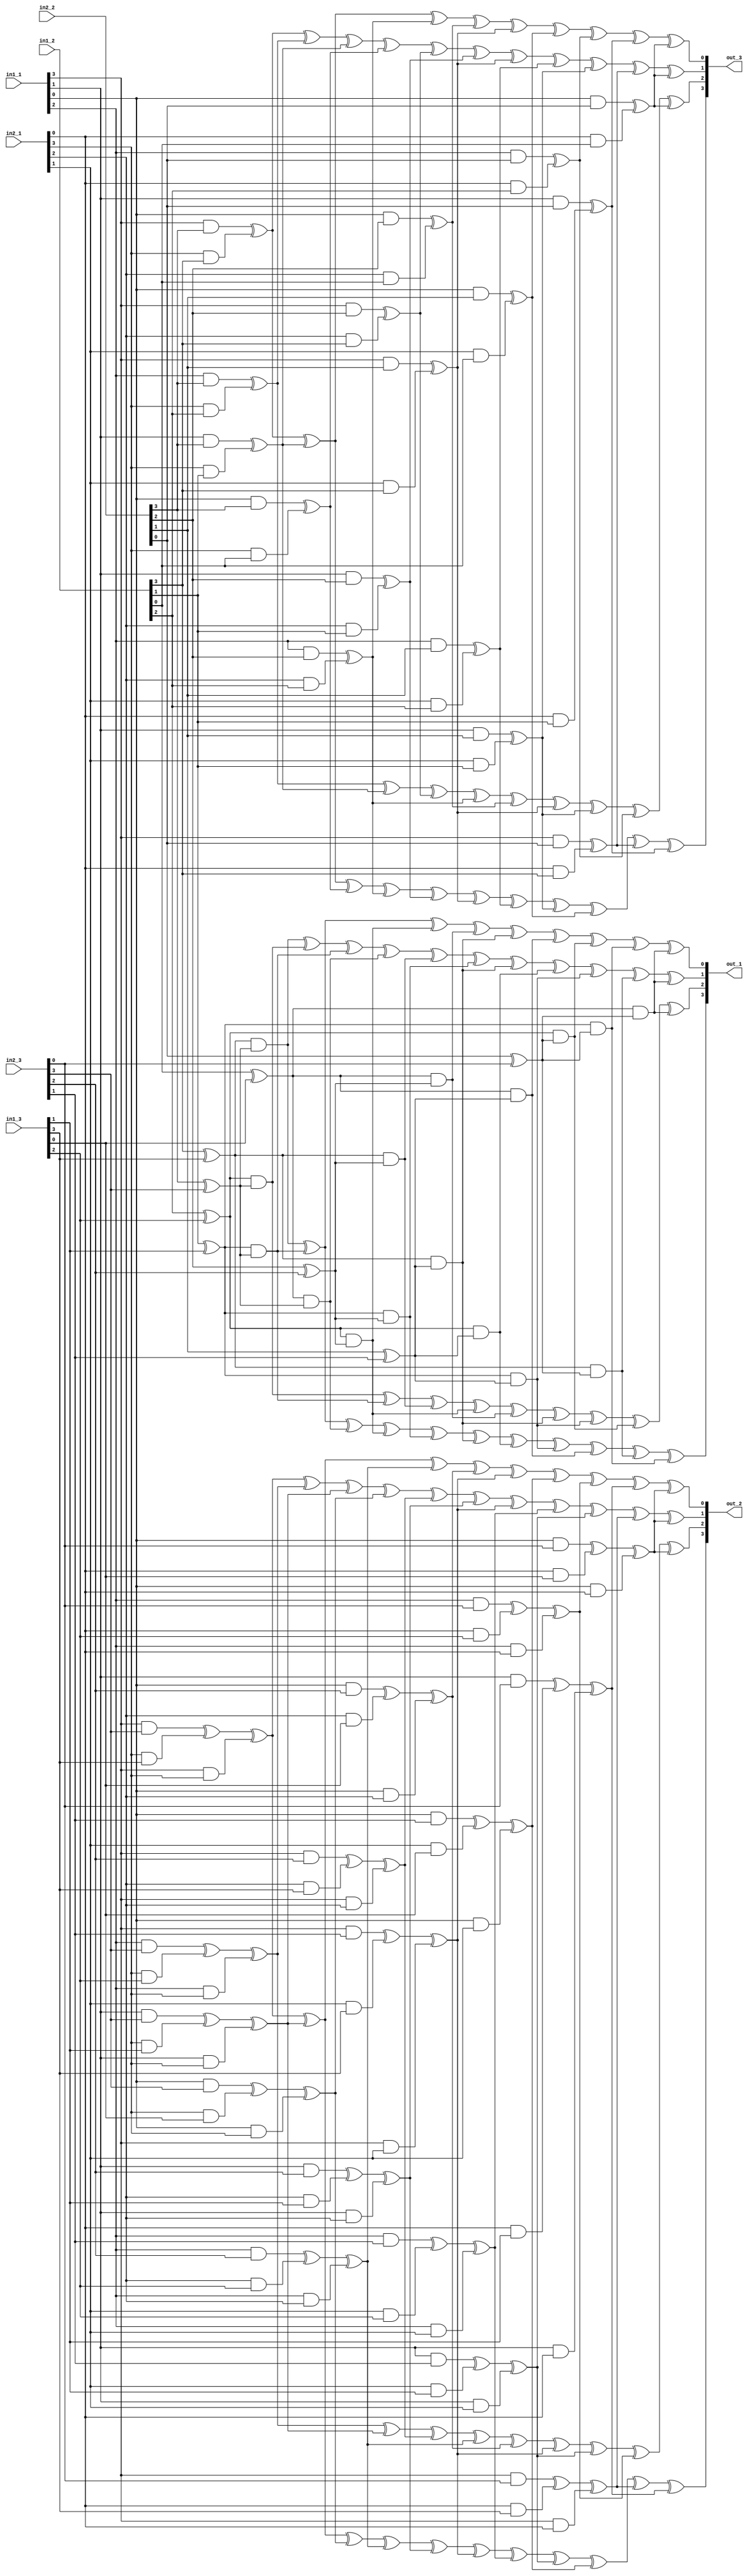
`timescale 1ns / 1ps
//////////////////////////////////////////////////////////////////////////////////
// Company: 
// Engineer: 
// 
// Design Name: 
// Module Name: GF_MULS_4_shared
// Project Name: 
// Target Devices: 
// Tool Versions: 
// Description: 
// 
// Dependencies: 
// 
// Revision:
// Revision 0.01 - File Created
// Additional Comments:
// ------------------
//////////////////////////////////////////////////////////////////////////////////

(*keep = "true" , keep_hierarchy = "yes" *)
module GF_MULS_4_shared(input[3:0] in1_1, input[3:0] in1_2, input[3:0] in1_3, input[3:0] in2_1, input[3:0] in2_2, input[3:0] in2_3, output[3:0] out_1, output[3:0] out_2, output[3:0] out_3);

assign out_1[3] = ((in1_2[3] ^ in1_3[3]) & (in2_2[3] ^ in2_3[3])) ^ ((in1_2[1] ^ in1_3[1]) & (in2_2[3] ^ in2_3[3])) ^ ((in1_2[0] ^ in1_3[0]) & (in2_2[3] ^ in2_3[3])) ^ ((in1_2[2] ^ in1_3[2]) & (in2_2[2] ^ in2_3[2])) ^ ((in1_2[1] ^ in1_3[1]) & (in2_2[2] ^ in2_3[2])) ^((in1_2[3] ^ in1_3[3]) & (in2_2[1] ^ in2_3[1])) ^ ((in1_2[2] ^ in1_3[2]) & (in2_2[1] ^ in2_3[1])) ^ ((in1_2[1] ^ in1_3[1]) & (in2_2[1] ^ in2_3[1])) ^ ((in1_2[0] ^ in1_3[0]) & (in2_2[1] ^ in2_3[1])) ^ ((in1_2[3] ^ in1_3[3]) & (in2_2[0] ^ in2_3[0])) ^ ((in1_2[1] ^ in1_3[1]) & (in2_2[0] ^ in2_3[0]));
assign out_2[3] = ((in1_1[3] & in2_3[3]) ^ (in2_1[3] & in1_3[3]) ^ (in1_1[3] & in2_1[3])) ^ ((in1_1[1] & in2_3[3]) ^ (in2_1[3] & in1_3[1]) ^ (in1_1[1] & in2_1[3])) ^ ((in1_1[0] & in2_3[3]) ^ (in2_1[3] & in1_3[0]) ^ (in1_1[0] & in2_1[3])) ^ ((in1_1[2] & in2_3[2]) ^ (in2_1[2] & in1_3[2]) ^ (in1_1[2] & in2_1[2])) ^ ((in1_1[1] & in2_3[2]) ^ (in2_1[2] & in1_3[1]) ^ (in1_1[1] & in2_1[2])) ^((in1_1[3] & in2_3[1]) ^ (in2_1[1] & in1_3[3]) ^ (in1_1[3] & in2_1[1])) ^ ((in1_1[2] & in2_3[1]) ^ (in2_1[1] & in1_3[2]) ^ (in1_1[2] & in2_1[1])) ^ ((in1_1[1] & in2_3[1]) ^ (in2_1[1] & in1_3[1]) ^ (in1_1[1] & in2_1[1])) ^ ((in1_1[0] & in2_3[1]) ^ (in2_1[1] & in1_3[0]) ^ (in1_1[0] & in2_1[1])) ^ ((in1_1[3] & in2_3[0]) ^ (in2_1[0] & in1_3[3]) ^ (in1_1[3] & in2_1[0])) ^ ((in1_1[1] & in2_3[0]) ^ (in2_1[0] & in1_3[1]) ^ (in1_1[1] & in2_1[0]));
assign out_3[3] = ((in1_1[3] & in2_2[3]) ^ (in2_1[3] & in1_2[3])) ^ ((in1_1[1] & in2_2[3]) ^ (in2_1[3] & in1_2[1])) ^ ((in1_1[0] & in2_2[3]) ^ (in2_1[3] & in1_2[0])) ^ ((in1_1[2] & in2_2[2]) ^ (in2_1[2] & in1_2[2])) ^ ((in1_1[1] & in2_2[2]) ^ (in2_1[2] & in1_2[1])) ^((in1_1[3] & in2_2[1]) ^ (in2_1[1] & in1_2[3])) ^ ((in1_1[2] & in2_2[1]) ^ (in2_1[1] & in1_2[2])) ^ ((in1_1[1] & in2_2[1]) ^ (in2_1[1] & in1_2[1])) ^ ((in1_1[0] & in2_2[1]) ^ (in2_1[1] & in1_2[0])) ^ ((in1_1[3] & in2_2[0]) ^ (in2_1[0] & in1_2[3])) ^ ((in1_1[1] & in2_2[0]) ^ (in2_1[0] & in1_2[1]));



assign out_1[2] = ((in1_2[2] ^ in1_3[2]) & (in2_2[3] ^ in2_3[3])) ^ ((in1_2[1] ^ in1_3[1]) & (in2_2[3] ^ in2_3[3])) ^ ((in1_2[3] ^ in1_3[3]) & (in2_2[2] ^ in2_3[2])) ^ ((in1_2[2] ^ in1_3[2]) & (in2_2[2] ^ in2_3[2])) ^ ((in1_2[0] ^ in1_3[0]) & (in2_2[2] ^ in2_3[2])) ^((in1_2[3] ^ in1_3[3]) & (in2_2[1] ^ in2_3[1])) ^ ((in1_2[1] ^ in1_3[1]) & (in2_2[1] ^ in2_3[1])) ^ ((in1_2[2] ^ in1_3[2]) & (in2_2[0] ^ in2_3[0])) ^ ((in1_2[0] ^ in1_3[0]) & (in2_2[0] ^ in2_3[0]));
assign out_2[2] = ((in1_1[2] & in2_3[3]) ^ (in2_1[3] & in1_3[2]) ^ (in1_1[2] & in2_1[3])) ^ ((in1_1[1] & in2_3[3]) ^ (in2_1[3] & in1_3[1]) ^ (in1_1[1] & in2_1[3])) ^ ((in1_1[3] & in2_3[2]) ^ (in2_1[2] & in1_3[3]) ^ (in1_1[3] & in2_1[2])) ^ ((in1_1[2] & in2_3[2]) ^ (in2_1[2] & in1_3[2]) ^ (in1_1[2] & in2_1[2])) ^ ((in1_1[0] & in2_3[2]) ^ (in2_1[2] & in1_3[0]) ^ (in1_1[0] & in2_1[2])) ^((in1_1[3] & in2_3[1]) ^ (in2_1[1] & in1_3[3]) ^ (in1_1[3] & in2_1[1])) ^ ((in1_1[1] & in2_3[1]) ^ (in2_1[1] & in1_3[1]) ^ (in1_1[1] & in2_1[1])) ^ ((in1_1[2] & in2_3[0]) ^ (in2_1[0] & in1_3[2]) ^ (in1_1[2] & in2_1[0])) ^ ((in1_1[0] & in2_3[0]) ^ (in2_1[0] & in1_3[0]) ^ (in1_1[0] & in2_1[0]));
assign out_3[2] = ((in1_1[2] & in2_2[3]) ^ (in2_1[3] & in1_2[2])) ^ ((in1_1[1] & in2_2[3]) ^ (in2_1[3] & in1_2[1])) ^ ((in1_1[3] & in2_2[2]) ^ (in2_1[2] & in1_2[3])) ^ ((in1_1[2] & in2_2[2]) ^ (in2_1[2] & in1_2[2])) ^ ((in1_1[0] & in2_2[2]) ^ (in2_1[2] & in1_2[0])) ^ ((in1_1[3] & in2_2[1]) ^ (in2_1[1] & in1_2[3])) ^ ((in1_1[1] & in2_2[1]) ^ (in2_1[1] & in1_2[1])) ^ ((in1_1[2] & in2_2[0]) ^ (in2_1[0] & in1_2[2])) ^ ((in1_1[0] & in2_2[0]) ^ (in2_1[0] & in1_2[0]));



assign out_1[1] = ((in1_2[3] ^ in1_3[3]) & (in2_2[3] ^ in2_3[3])) ^ ((in1_2[2] ^ in1_3[2]) & (in2_2[3] ^ in2_3[3])) ^ ((in1_2[1] ^ in1_3[1]) & (in2_2[3] ^ in2_3[3])) ^ ((in1_2[0] ^ in1_3[0]) & (in2_2[3] ^ in2_3[3])) ^ ((in1_2[3] ^ in1_3[3]) & (in2_2[2] ^ in2_3[2])) ^((in1_2[1] ^ in1_3[1]) & (in2_2[2] ^ in2_3[2])) ^ ((in1_2[3] ^ in1_3[3]) & (in2_2[1] ^ in2_3[1])) ^ ((in1_2[2] ^ in1_3[2]) & (in2_2[1] ^ in2_3[1])) ^ ((in1_2[1] ^ in1_3[1]) & (in2_2[1] ^ in2_3[1])) ^ ((in1_2[3] ^ in1_3[3]) & (in2_2[0] ^ in2_3[0])) ^ ((in1_2[0] ^ in1_3[0]) & (in2_2[0] ^ in2_3[0]));
assign out_2[1] = ((in1_1[3] & in2_3[3]) ^ (in2_1[3] & in1_3[3]) ^ (in1_1[3] & in2_1[3])) ^ ((in1_1[2] & in2_3[3]) ^ (in2_1[3] & in1_3[2]) ^ (in1_1[2] & in2_1[3])) ^ ((in1_1[1] & in2_3[3]) ^ (in2_1[3] & in1_3[1]) ^ (in1_1[1] & in2_1[3])) ^ ((in1_1[0] & in2_3[3]) ^ (in2_1[3] & in1_3[0]) ^ (in1_1[0] & in2_1[3])) ^ ((in1_1[3] & in2_3[2]) ^ (in2_1[2] & in1_3[3]) ^ (in1_1[3] & in2_1[2])) ^ ((in1_1[1] & in2_3[2]) ^ (in2_1[2] & in1_3[1]) ^ (in1_1[1] & in2_1[2])) ^ ((in1_1[3] & in2_3[1]) ^ (in2_1[1] & in1_3[3]) ^ (in1_1[3] & in2_1[1])) ^ ((in1_1[2] & in2_3[1]) ^ (in2_1[1] & in1_3[2]) ^ (in1_1[2] & in2_1[1])) ^ ((in1_1[1] & in2_3[1]) ^ (in2_1[1] & in1_3[1]) ^ (in1_1[1] & in2_1[1])) ^ ((in1_1[3] & in2_3[0]) ^ (in2_1[0] & in1_3[3]) ^ (in1_1[3] & in2_1[0])) ^ ((in1_1[0] & in2_3[0]) ^ (in2_1[0] & in1_3[0]) ^ (in1_1[0] & in2_1[0]));
assign out_3[1] = ((in1_1[3] & in2_2[3]) ^ (in2_1[3] & in1_2[3])) ^ ((in1_1[2] & in2_2[3]) ^ (in2_1[3] & in1_2[2])) ^ ((in1_1[1] & in2_2[3]) ^ (in2_1[3] & in1_2[1])) ^ ((in1_1[0] & in2_2[3]) ^ (in2_1[3] & in1_2[0])) ^ ((in1_1[3] & in2_2[2]) ^ (in2_1[2] & in1_2[3])) ^((in1_1[1] & in2_2[2]) ^ (in2_1[2] & in1_2[1])) ^ ((in1_1[3] & in2_2[1]) ^ (in2_1[1] & in1_2[3])) ^ ((in1_1[2] & in2_2[1]) ^ (in2_1[1] & in1_2[2])) ^ ((in1_1[1] & in2_2[1]) ^ (in2_1[1] & in1_2[1])) ^ ((in1_1[3] & in2_2[0]) ^ (in2_1[0] & in1_2[3])) ^ ((in1_1[0] & in2_2[0]) ^ (in2_1[0] & in1_2[0]));



assign out_1[0] = ((in1_2[3] ^ in1_3[3]) & (in2_2[3] ^ in2_3[3])) ^ ((in1_2[1] ^ in1_3[1]) & (in2_2[3] ^ in2_3[3])) ^ ((in1_2[2] ^ in1_3[2]) & (in2_2[2] ^ in2_3[2])) ^ ((in1_2[0] ^ in1_3[0]) & (in2_2[2] ^ in2_3[2])) ^ ((in1_2[3] ^ in1_3[3]) & (in2_2[1] ^ in2_3[1])) ^((in1_2[0] ^ in1_3[0]) & (in2_2[1] ^ in2_3[1])) ^ ((in1_2[2] ^ in1_3[2]) & (in2_2[0] ^ in2_3[0])) ^ ((in1_2[1] ^ in1_3[1]) & (in2_2[0] ^ in2_3[0])) ^ ((in1_2[0] ^ in1_3[0]) & (in2_2[0] ^ in2_3[0]));
assign out_2[0] = ((in1_1[3] & in2_3[3]) ^ (in2_1[3] & in1_3[3]) ^ (in1_1[3] & in2_1[3])) ^ ((in1_1[1] & in2_3[3]) ^ (in2_1[3] & in1_3[1]) ^ (in1_1[1] & in2_1[3])) ^ ((in1_1[2] & in2_3[2]) ^ (in2_1[2] & in1_3[2]) ^ (in1_1[2] & in2_1[2])) ^ ((in1_1[0] & in2_3[2]) ^ (in2_1[2] & in1_3[0]) ^ (in1_1[0] & in2_1[2])) ^ ((in1_1[3] & in2_3[1]) ^ (in2_1[1] & in1_3[3]) ^ (in1_1[3] & in2_1[1])) ^((in1_1[0] & in2_3[1]) ^ (in2_1[1] & in1_3[0]) ^ (in1_1[0] & in2_1[1])) ^ ((in1_1[2] & in2_3[0]) ^ (in2_1[0] & in1_3[2]) ^ (in1_1[2] & in2_1[0])) ^ ((in1_1[1] & in2_3[0]) ^ (in2_1[0] & in1_3[1]) ^ (in1_1[1] & in2_1[0])) ^ ((in1_1[0] & in2_3[0]) ^ (in2_1[0] & in1_3[0]) ^ (in1_1[0] & in2_1[0]));
assign out_3[0] = ((in1_1[3] & in2_2[3]) ^ (in2_1[3] & in1_2[3])) ^ ((in1_1[1] & in2_2[3]) ^ (in2_1[3] & in1_2[1])) ^ ((in1_1[2] & in2_2[2]) ^ (in2_1[2] & in1_2[2])) ^ ((in1_1[0] & in2_2[2]) ^ (in2_1[2] & in1_2[0])) ^ ((in1_1[3] & in2_2[1]) ^ (in2_1[1] & in1_2[3])) ^((in1_1[0] & in2_2[1]) ^ (in2_1[1] & in1_2[0])) ^ ((in1_1[2] & in2_2[0]) ^ (in2_1[0] & in1_2[2])) ^ ((in1_1[1] & in2_2[0]) ^ (in2_1[0] & in1_2[1])) ^ ((in1_1[0] & in2_2[0]) ^ (in2_1[0] & in1_2[0]));

endmodule